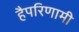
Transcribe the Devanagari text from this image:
हैपरिणामी